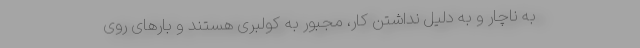
به ناچار و به دلیل نداشتن کار، مجبور به کولبری هستند و بارهای روی